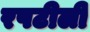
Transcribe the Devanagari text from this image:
रपटीली